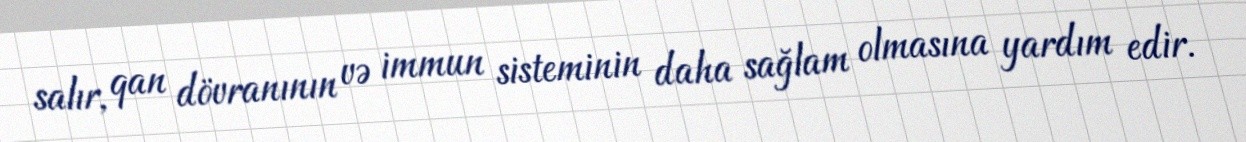
salır, qan dövranının və immun sisteminin daha sağlam olmasına yardım edir.